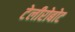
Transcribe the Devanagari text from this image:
टेलीरोबोट